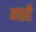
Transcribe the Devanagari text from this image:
गाहें